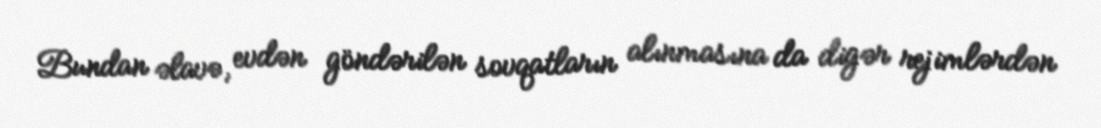
Bundan əlavə, evdən göndərilən sovqatların alınmasına da digər rejimlərdən